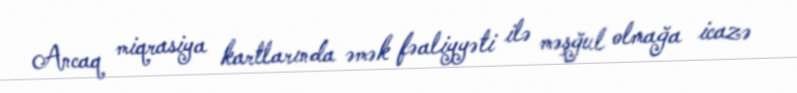
Ancaq miqrasiya kartlarında əmək fəaliyyəti ilə məşğul olmağa icazə